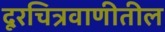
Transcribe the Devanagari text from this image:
दूरचित्रवाणीतील